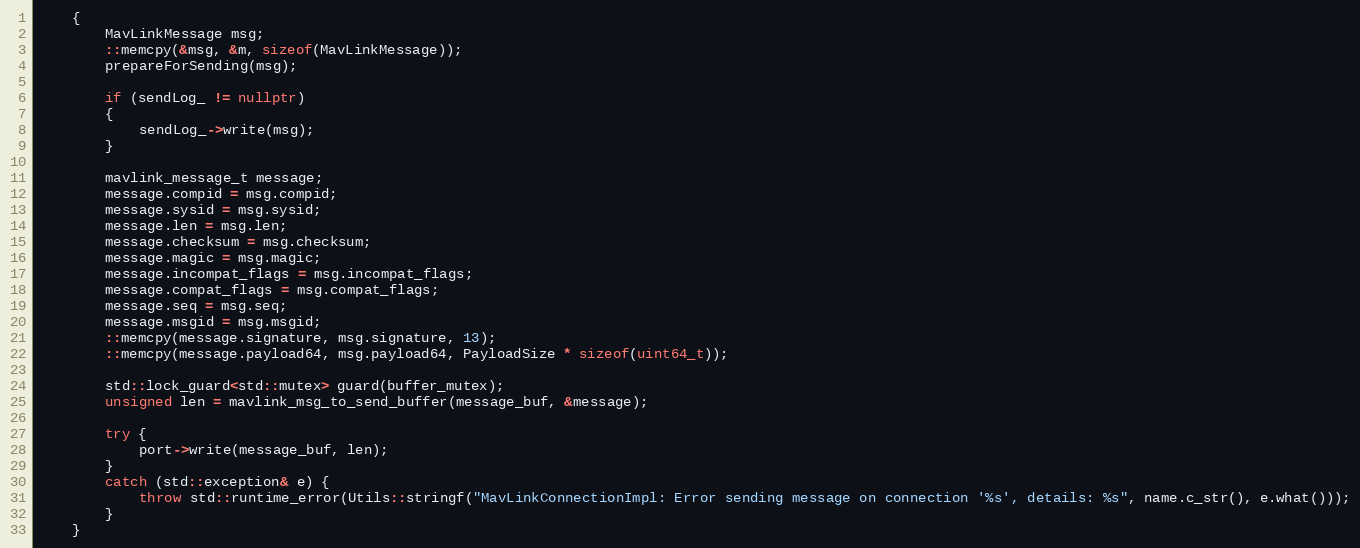
Language: C++
    {
        MavLinkMessage msg;
        ::memcpy(&msg, &m, sizeof(MavLinkMessage));
        prepareForSending(msg);

        if (sendLog_ != nullptr)
        {
            sendLog_->write(msg);
        }

        mavlink_message_t message;
        message.compid = msg.compid;
        message.sysid = msg.sysid;
        message.len = msg.len;
        message.checksum = msg.checksum;
        message.magic = msg.magic;
        message.incompat_flags = msg.incompat_flags;
        message.compat_flags = msg.compat_flags;
        message.seq = msg.seq;
        message.msgid = msg.msgid;
        ::memcpy(message.signature, msg.signature, 13);
        ::memcpy(message.payload64, msg.payload64, PayloadSize * sizeof(uint64_t));

        std::lock_guard<std::mutex> guard(buffer_mutex);
        unsigned len = mavlink_msg_to_send_buffer(message_buf, &message);

        try {
            port->write(message_buf, len);
        }
        catch (std::exception& e) {
            throw std::runtime_error(Utils::stringf("MavLinkConnectionImpl: Error sending message on connection '%s', details: %s", name.c_str(), e.what()));
        }
    }